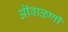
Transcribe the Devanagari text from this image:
ऒवाळणी